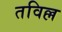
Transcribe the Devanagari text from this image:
तविल्ल